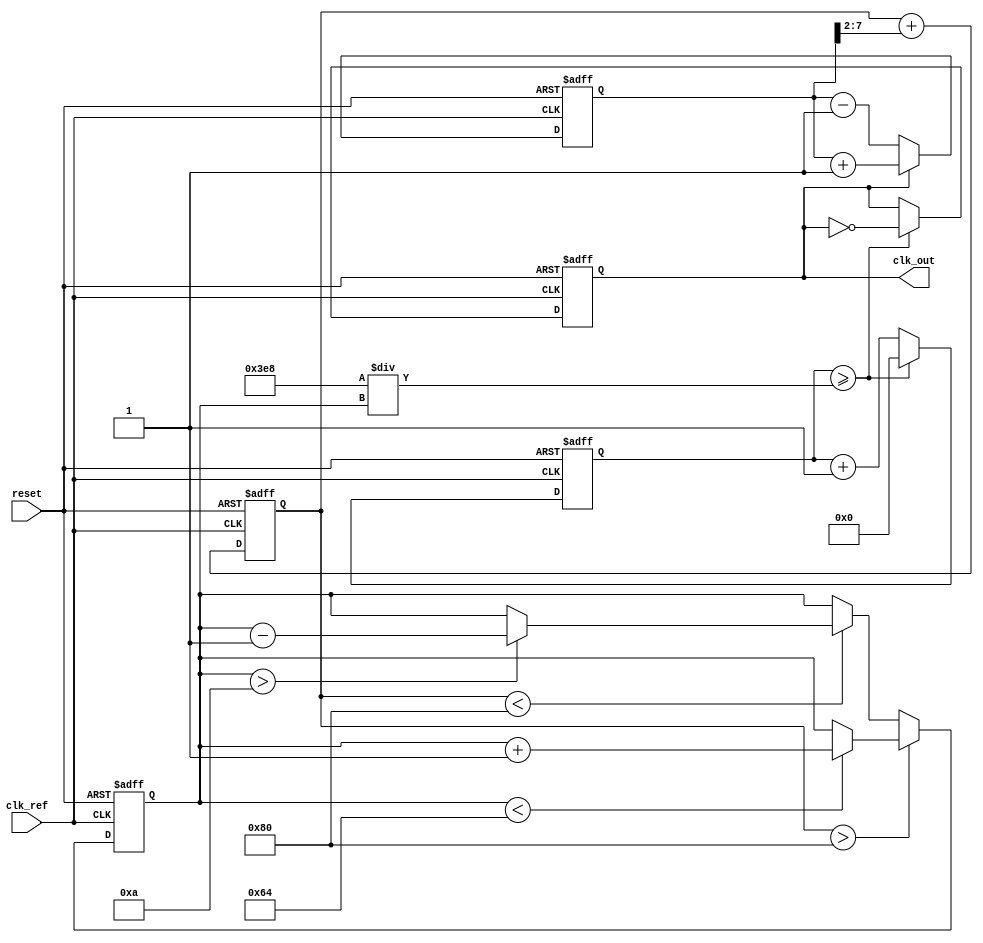
module pll (
    input wire clk_ref,         // Reference clock input
    input wire reset,          // Reset signal
    output reg clk_out         // Output clock
);

// Parameters
parameter integer VCO_MAX_FREQ = 100; // Maximum frequency of VCO
parameter integer VCO_MIN_FREQ = 10;   // Minimum frequency of VCO
parameter integer VCO_STEP = 1;         // Frequency step for VCO

// Internal signals
reg [7:0] phase_error;      // Phase error signal
reg [7:0] control_voltage;   // Control voltage for VCO
reg [7:0] vco_freq;         // Current frequency of VCO
reg [31:0] counter;         // Counter for generating output clock

// Phase Detector
always @(posedge clk_ref or posedge reset) begin
    if (reset) begin
        phase_error <= 0;
    end else begin
        // Simple phase detector logic (leading/lagging detection)
        if (clk_out) begin
            phase_error <= phase_error + 1; // Lagging
        end else begin
            phase_error <= phase_error - 1; // Leading
        end
    end
end

// Low-Pass Filter (simple integrator)
always @(posedge clk_ref or posedge reset) begin
    if (reset) begin
        control_voltage <= 0;
    end else begin
        control_voltage <= control_voltage + (phase_error >> 2); // Simple LPF
    end
end

// Voltage-Controlled Oscillator (VCO)
always @(posedge clk_ref or posedge reset) begin
    if (reset) begin
        vco_freq <= VCO_MIN_FREQ;
        clk_out <= 0;
        counter <= 0;
    end else begin
        // Adjust VCO frequency based on control voltage
        if (control_voltage > 128) begin
            if (vco_freq < VCO_MAX_FREQ) begin
                vco_freq <= vco_freq + VCO_STEP; // Increase frequency
            end
        end else if (control_voltage < 128) begin
            if (vco_freq > VCO_MIN_FREQ) begin
                vco_freq <= vco_freq - VCO_STEP; // Decrease frequency
            end
        end
        
        // Generate output clock based on VCO frequency
        counter <= counter + 1;
        if (counter >= (1000 / vco_freq)) begin // Adjust this for desired frequency
            clk_out <= ~clk_out; // Toggle output clock
            counter <= 0;
        end
    end
end

endmodule